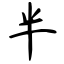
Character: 半